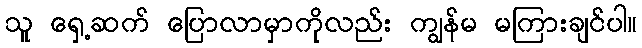
သူ ရှေ့ဆက် ပြောလာမှာကိုလည်း ကျွန်မ မကြားချင်ပါ။